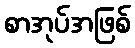
စာအုပ်အဖြစ်